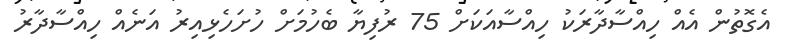
އެގޮތުން އެއް ހިއްސާދާރަކު ހިއްސާއަކަށް 75 ރުފިޔާ ބެހުމަށް ހުށަހެޅިއިރު އަނެއް ހިއްސާދާރު